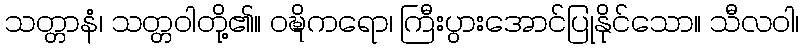
သတ္တာနံ၊ သတ္တဝါတို့၏။ ဝဍ္ဎိကရော၊ ကြီးပွားအောင်ပြုနိုင်သော။ သီလဝါ၊